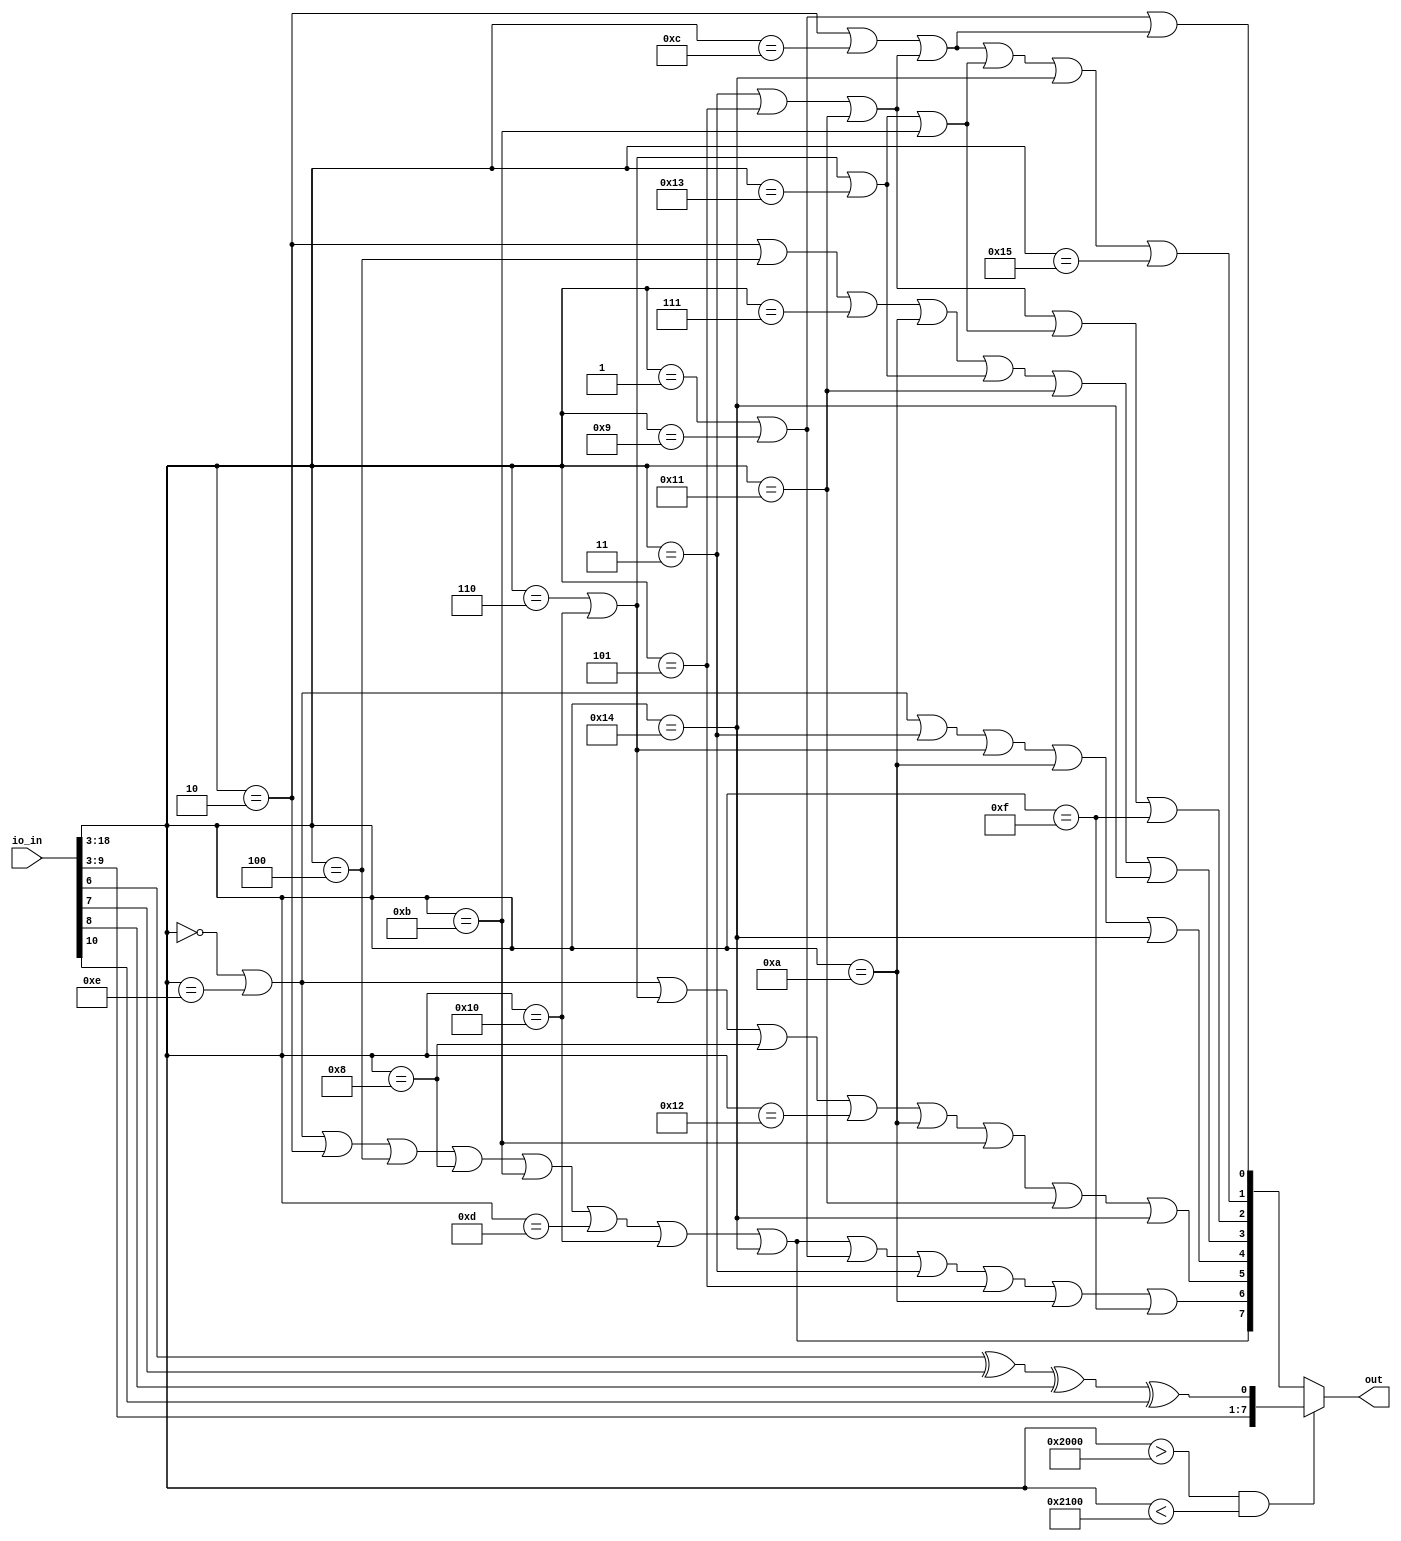
module user_module(
  input wire [23:0] io_in,
  output wire [7:0] out
);
  wire eq_1618;
  wire eq_1619;
  wire eq_1622;
  wire eq_1623;
  wire eq_1624;
  wire or_1625;
  wire eq_1626;
  wire eq_1627;
  wire eq_1628;
  wire eq_1629;
  wire eq_1631;
  wire or_1638;
  wire or_1640;
  wire or_1644;
  wire or_1645;
  wire eq_1646;
  wire eq_1647;
  wire or_1648;
  wire or_1651;
  wire or_1652;
  wire [7:0] result;
  assign eq_1618 = io_in[18:3] == 16'h0006;
  assign eq_1619 = io_in[18:3] == 16'h0010;
  assign eq_1622 = io_in[18:3] == 16'h0003;
  assign eq_1623 = io_in[18:3] == 16'h0005;
  assign eq_1624 = io_in[18:3] == 16'h0011;
  assign or_1625 = io_in[18:3] == 16'h0000 | io_in[18:3] == 16'h000e;
  assign eq_1626 = io_in[18:3] == 16'h0002;
  assign eq_1627 = io_in[18:3] == 16'h0004;
  assign eq_1628 = io_in[18:3] == 16'h0008;
  assign eq_1629 = io_in[18:3] == 16'h000b;
  assign eq_1631 = io_in[18:3] == 16'h0014;
  assign or_1638 = eq_1618 | eq_1619 | io_in[18:3] == 16'h0013;
  assign or_1640 = eq_1622 | eq_1623 | eq_1624;
  assign or_1644 = or_1625 | eq_1626 | eq_1627 | eq_1628 | eq_1629 | io_in[18:3] == 16'h000d | eq_1619 | eq_1631;
  assign or_1645 = io_in[18:3] == 16'h0001 | io_in[18:3] == 16'h0009;
  assign eq_1646 = io_in[18:3] == 16'h000a;
  assign eq_1647 = io_in[18:3] == 16'h000f;
  assign or_1648 = eq_1618 | eq_1619;
  assign or_1651 = or_1638 | eq_1629;
  assign or_1652 = eq_1626 | io_in[18:3] == 16'h000c | or_1640;
  assign result = io_in[18:3] > 16'h2000 & io_in[18:3] < 16'h2100 ? {io_in[9:3], io_in[6] ^ io_in[7] ^ io_in[8] ^ io_in[10]} : {or_1644, or_1644 | or_1645 | eq_1622 | eq_1623 | eq_1646 | eq_1647, or_1625 | or_1648 | eq_1628 | io_in[18:3] == 16'h0012 | eq_1646 | eq_1629 | eq_1624 | eq_1631, or_1625 | eq_1622 | or_1648 | eq_1646 | eq_1631, eq_1626 | eq_1627 | io_in[18:3] == 16'h0007 | eq_1646 | or_1638 | eq_1624 | eq_1631, or_1640 | or_1651 | eq_1647, or_1652 | or_1651 | eq_1631 | io_in[18:3] == 16'h0015, or_1645 | or_1652};
  assign out = result;
endmodule